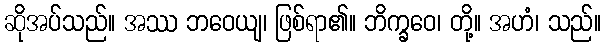
ဆိုအပ်သည်။ အဿ ဘဝေယျ၊ ဖြစ်ရာ၏။ ဘိက္ခဝေ၊ တို့။ အဟံ၊ သည်။